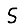
Digit: 5